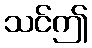
သင်ဤ